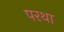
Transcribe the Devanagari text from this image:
परथा